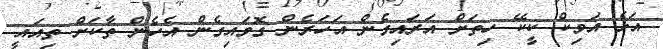
އަޅެ އަވިކް ކީކޭ ހިތަށް އަރައިގެން އަހަރެން ގޮވައިގެން އެހެން ތާކަށް ތިއައީ